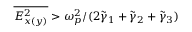
\overline { { E _ { x ( y ) } ^ { 2 } } } > \omega _ { p } ^ { 2 } / ( 2 \tilde { \gamma } _ { 1 } + \tilde { \gamma } _ { 2 } + \tilde { \gamma } _ { 3 } )